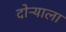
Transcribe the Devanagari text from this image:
दोऱ्याला